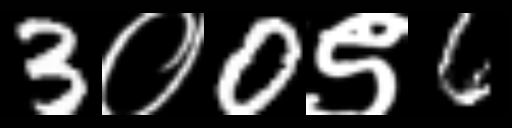
Text: 3०0९6